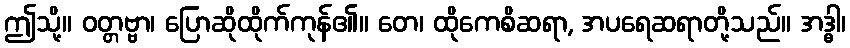
ဤသို့။ ဝတ္တဗ္ဗာ၊ ပြောဆိုထိုက်ကုန်၏။ တေ၊ ထိုကေစိဆရာ, အပရေဆရာတို့သည်။ အဒ္ဓါ၊